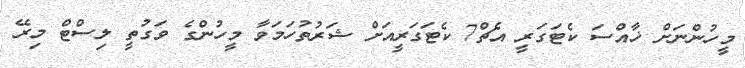
މީހުންނަށް ޚާއްސަ ކެޓަގަރީ އެޗް7 ކެޓަގަރީއަށް ޝަރުތުހަމަވާ މީހުންގެ ވަގުތީ ލިސްޓް މިރޭ